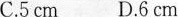
C.5cm D.6cm